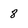
Character: 8